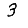
Digit: 3